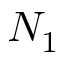
N _ { 1 }